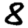
Digit: 8